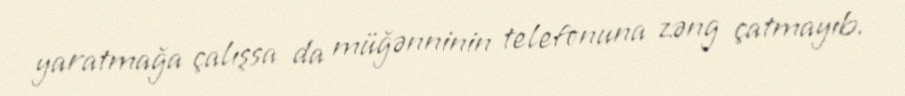
yaratmağa çalışsa da müğənninin telefonuna zəng çatmayıb.